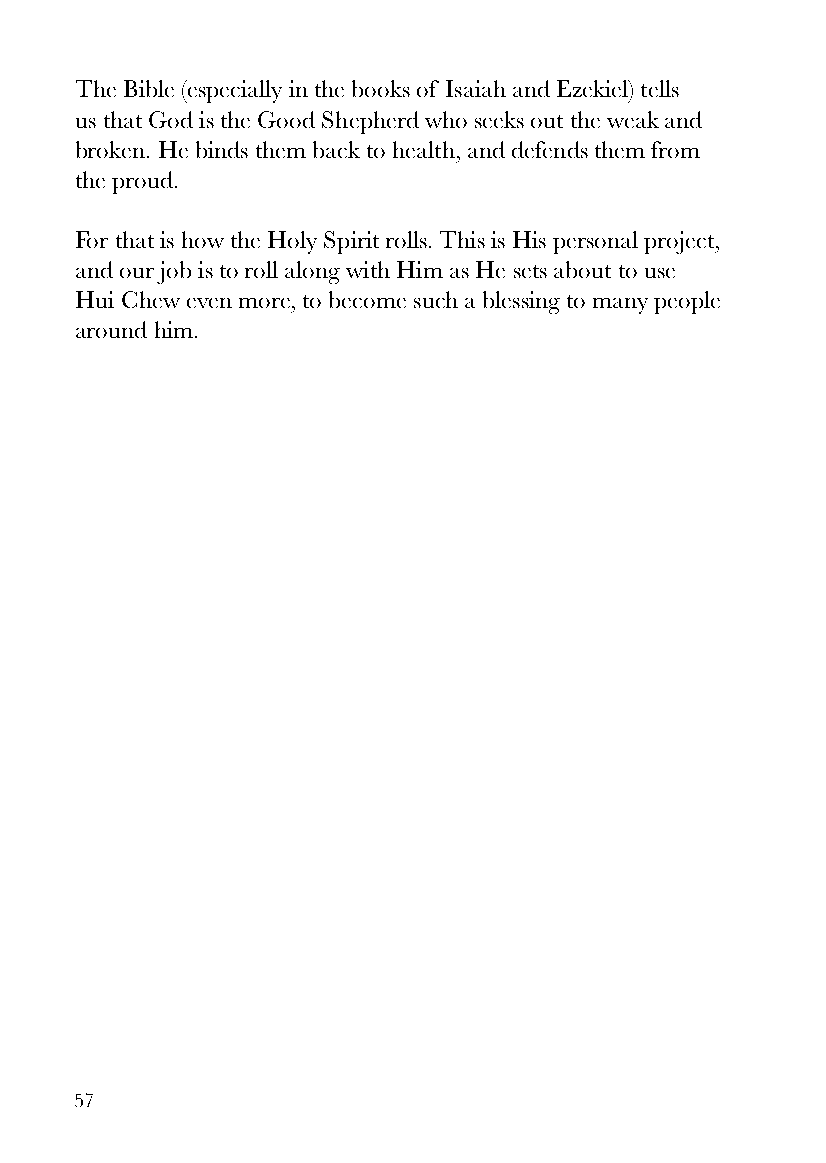
The Bible (especially in the books of Isaiah and Ezekiel) tells
 us that God is the Good Shepherd who seeks out the weak and
 broken. He binds them back to health, and defends them from
 the proud.
 For that is how the Holy Spirit rolls. This is His personal project,
 and our job is to roll along with Him as He sets about to use
 Hui Chew even more, to become such a blessing to many people
 around him.
 57